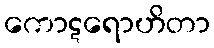
ကောဋရောဟိတာ